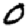
Digit: 0